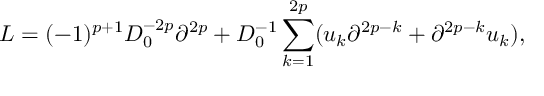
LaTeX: L = ( - 1 ) ^ { p + 1 } D _ { 0 } ^ { - 2 p } \partial ^ { 2 p } + D _ { 0 } ^ { - 1 } \sum _ { k = 1 } ^ { 2 p } ( u _ { k } \partial ^ { 2 p - k } + \partial ^ { 2 p - k } u _ { k } ) ,